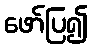
ဖော်ပြ၍